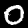
Digit: 0